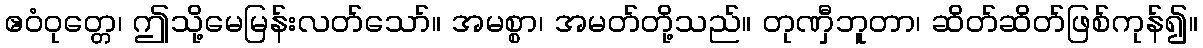
ဧဝံဝုတ္တေ၊ ဤသို့မေမြန်းလတ်သော်။ အမစ္စာ၊ အမတ်တို့သည်။ တုဏှီဘူတာ၊ ဆိတ်ဆိတ်ဖြစ်ကုန်၍။